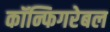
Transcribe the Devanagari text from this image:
कॉन्फिगरेबल